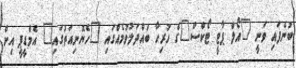
ބުނެފައި ވަނީ "އޯލް ޕާޓީ ޓޯކްސް"ގެ ހުރިހާ ބައްދަލުވުމެއްގައި "ހެޔޮނިއަތުގައި" އެމްޑީޕީ އިން